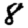
Digit: 8